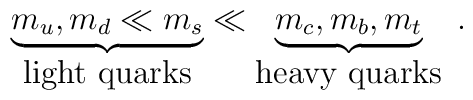
\underbrace{m_u , m_d \ll m_s}_{\mbox{light quarks}} \ll \underbrace{m_c, m_b,  m_t}_{\mbox{heavy quarks}} \; .